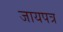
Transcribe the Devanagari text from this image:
जायपत्र